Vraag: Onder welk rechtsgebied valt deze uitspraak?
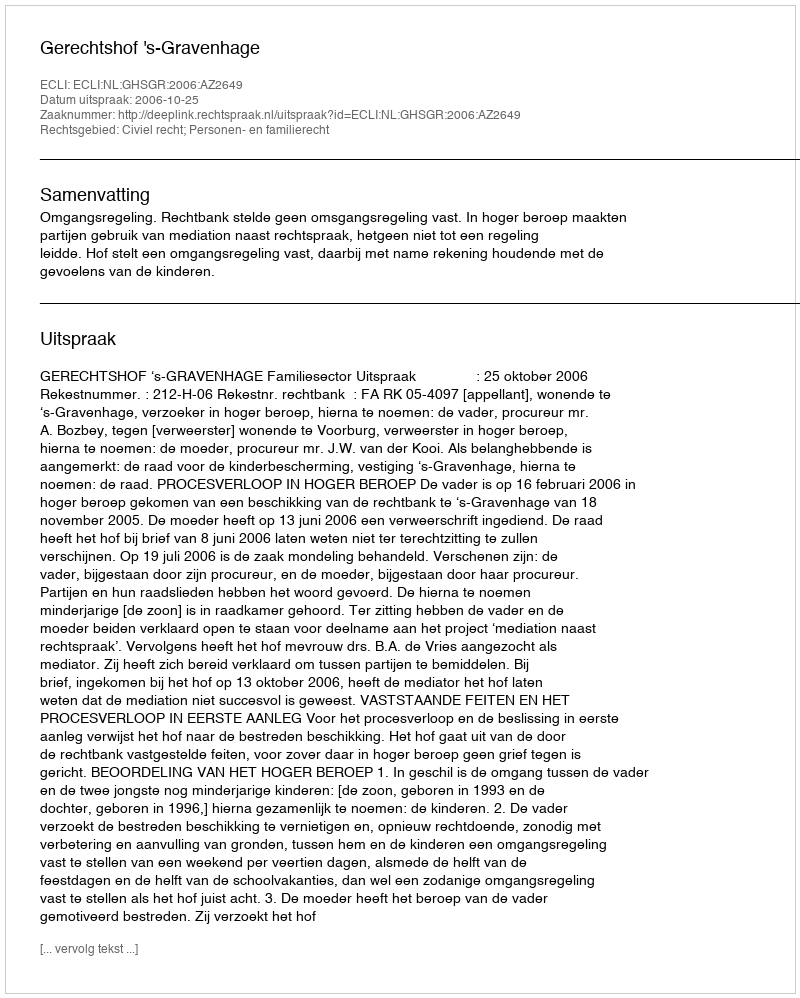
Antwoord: Civiel recht; Personen- en familierecht